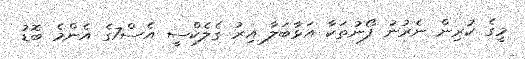
މީގެ ކުރިން ނެރުނު ފޯނުތަކާ އަޅާބަލާ އިރު ގެލެކްސީ އެސް7ގެ އެންމެ ބޮޑު